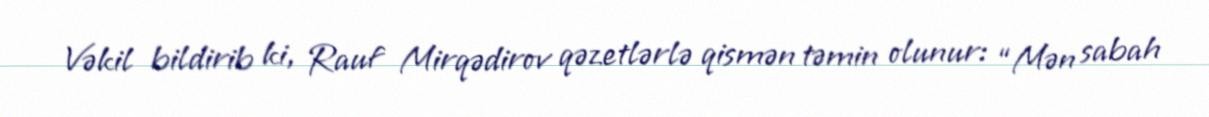
Vəkil bildirib ki, Rauf Mirqədirov qəzetlərlə qismən təmin olunur: “Mən sabah